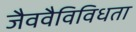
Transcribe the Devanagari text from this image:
जैववैविविधता